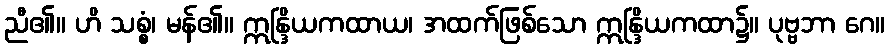
ညီ၏။ ဟိ သစ္စံ၊ မန်၏။ ဣန္ဒြိယကထာယ၊ အထက်ဖြစ်သော ဣန္ဒြိယကထာ၌။ ပုဗ္ဗဘာ ဂေ။